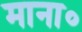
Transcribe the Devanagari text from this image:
माना०